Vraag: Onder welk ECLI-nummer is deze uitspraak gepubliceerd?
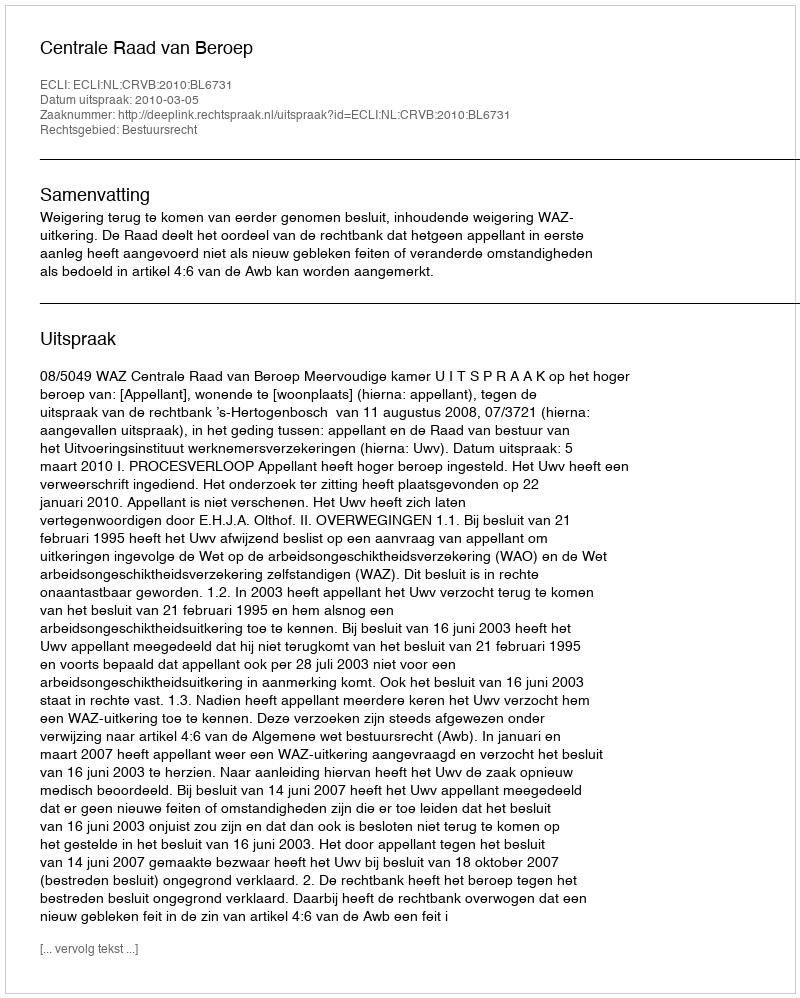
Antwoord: ECLI:NL:CRVB:2010:BL6731